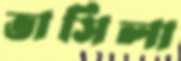
ভাসিলা